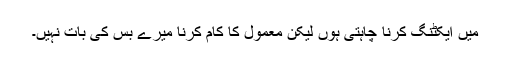
میں ایکٹنگ کرنا چاہتی ہوں لیکن معمول کا کام کرنا میرے بس کی بات نہیں۔